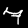
Label: 7